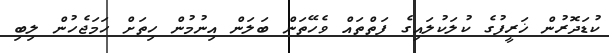
ކުޑަދޮރުން ޚަރީފުގެ ކުލަކުލައިގެ ފަތްތައް ވެހޭތަން ބަލަން އިނުމުން ހިތަށް ހަމަޖެހުން ލިބި